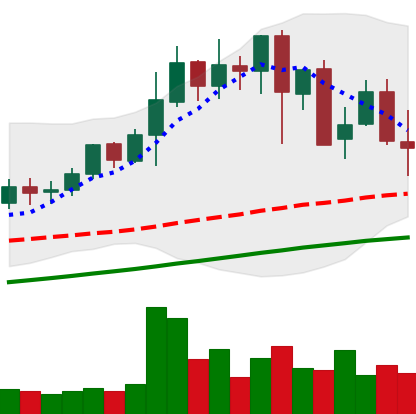
Ticker: LINK-USD
Chart end date: 2021-05-16
Forward return: -37.213%
Label: down_7plus